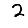
Digit: 2